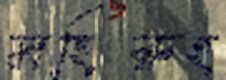
মহিরুহ